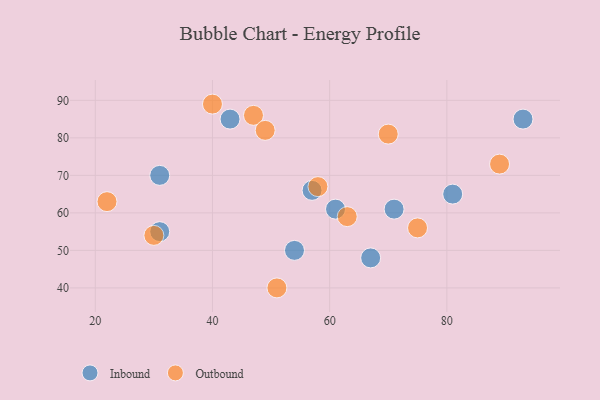
{"axis": {"x": "GDP", "y": "Life Expectancy"}, "legend": ["Inbound", "Outbound"], "data": [{"x": "31", "y": 55, "type": "Inbound"}, {"x": "43", "y": 85, "type": "Inbound"}, {"x": "71", "y": 61, "type": "Inbound"}, {"x": "67", "y": 48, "type": "Inbound"}, {"x": "31", "y": 70, "type": "Inbound"}, {"x": "93", "y": 85, "type": "Inbound"}, {"x": "81", "y": 65, "type": "Inbound"}, {"x": "61", "y": 61, "type": "Inbound"}, {"x": "54", "y": 50, "type": "Inbound"}, {"x": "57", "y": 66, "type": "Inbound"}, {"x": "40", "y": 89, "type": "Outbound"}, {"x": "70", "y": 81, "type": "Outbound"}, {"x": "47", "y": 86, "type": "Outbound"}, {"x": "75", "y": 56, "type": "Outbound"}, {"x": "30", "y": 54, "type": "Outbound"}, {"x": "89", "y": 73, "type": "Outbound"}, {"x": "58", "y": 67, "type": "Outbound"}, {"x": "51", "y": 40, "type": "Outbound"}, {"x": "22", "y": 63, "type": "Outbound"}, {"x": "49", "y": 82, "type": "Outbound"}, {"x": "63", "y": 59, "type": "Outbound"}]}